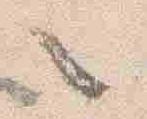
々